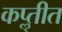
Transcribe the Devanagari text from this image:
कॢप्तीत